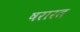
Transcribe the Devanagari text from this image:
षरारत